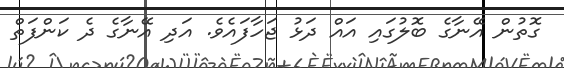
ގޮތުން އޭނާގެ ބޮލުގައި އައް ދަޅު ޖަހާފައެވެ. އަދި އޭނާގެ ދެ ކަންފަތް